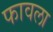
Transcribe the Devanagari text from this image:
फावला